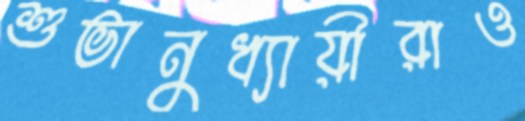
শুভানুধ্যায়ীরাও